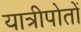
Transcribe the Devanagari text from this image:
यात्रीपोतों